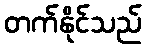
တက်နိုင်သည်